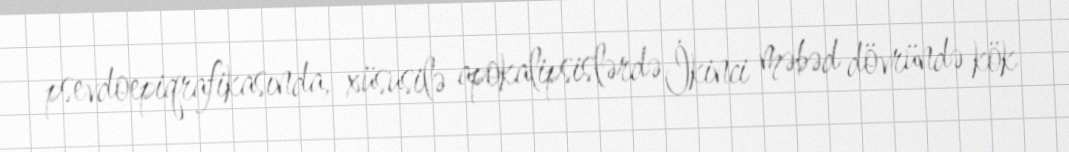
psevdoepiqrafikasında, xüsusilə apokalipsislərdə İkinci məbəd dövründə kök